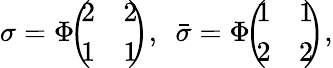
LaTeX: \sigma=\Phi\! \! \left(\! \! \begin{array}{cc}{{2}}&{{2}}\\ {{1}}&{{1}}\end{array}\! \! \right),~~\bar{\sigma}=\Phi\! \! \left(\! \! \begin{array}{cc}{{1}}&{{1}}\\ {{2}}&{{2}}\end{array}\! \! \right),